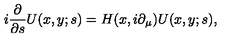
i \frac { \partial } { \partial s } U ( x , y ; s ) = H ( x , i \partial _ { \mu } ) U ( x , y ; s ) ,